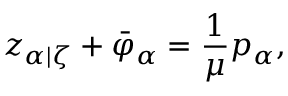
z _ { \alpha | \zeta } + \bar { \varphi } _ { \alpha } = \frac { 1 } { \mu } p _ { \alpha } ,